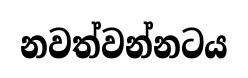
නවත්වන්නටය